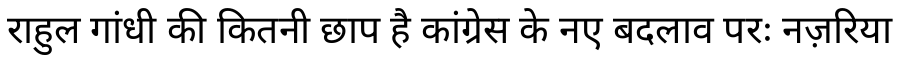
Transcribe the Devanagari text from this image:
राहुल गांधी की कितनी छाप है कांग्रेस के नए बदलाव परः नज़रिया